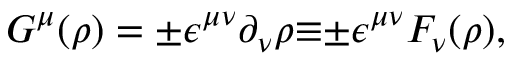
G ^ { \mu } ( \rho ) = { \pm } { \epsilon } ^ { { \mu } { \nu } } { \partial } _ { \nu } { \rho } { \equiv } { \pm } { \epsilon } ^ { { \mu } { \nu } } F _ { \nu } ( \rho ) ,